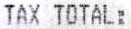
TAX TOTAL: